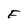
Character: F